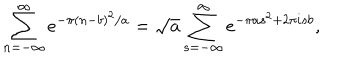
LaTeX: \sum _ { n = - \infty } ^ { \infty } e ^ { - \pi ( n - b ) ^ { 2 } / a } = \sqrt { a } \sum _ { s = - \infty } ^ { \infty } e ^ { - \pi a s ^ { 2 } + 2 \pi i s b } ,